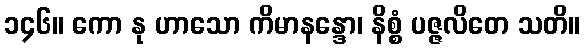
၁၄၆။ ကော နု ဟာသော ကိမာနန္ဒော၊ နိစ္စံ ပဇ္ဇလိတေ သတိ။